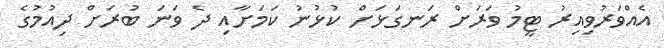
އެއްވަރުވިއިރު ޓީމު ވަރަށް ރަނގަޅަށް ކުޅުނު ކަމަށާއި ދެ ވަނަ ބުރަށް ދިއުމުގެ